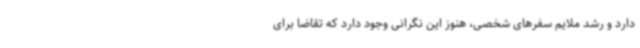
دارد و رشد ملایم سفرهای شخصی، هنوز این نگرانی وجود دارد که تقاضا برای